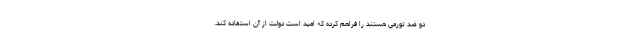
دو ضد تورمی هستند را فراهم کرده که امید است دولت از آن استفاده کند.